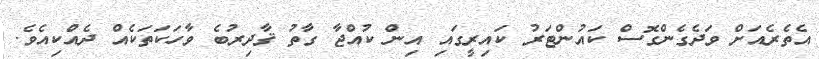
އެތެރެއަށް ވަދެގެންގޮސް ކައުންޓަރު ކައިރީގައި އިން ކުއްޖާ ގާތު ޤާދިރުބެ ވާހަކަތަކެއް ދެއްކިއެވެ.